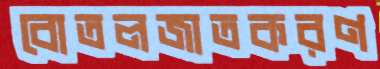
বোতলজাতকরণ